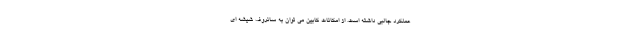
عملکرد جالبی داشته است. از امکانات کابین می توان به سانروف شیشه ای